Report of an investigation into the causes of malaria in Bombay and the measures necessary for its control
Disease focus: Malaria
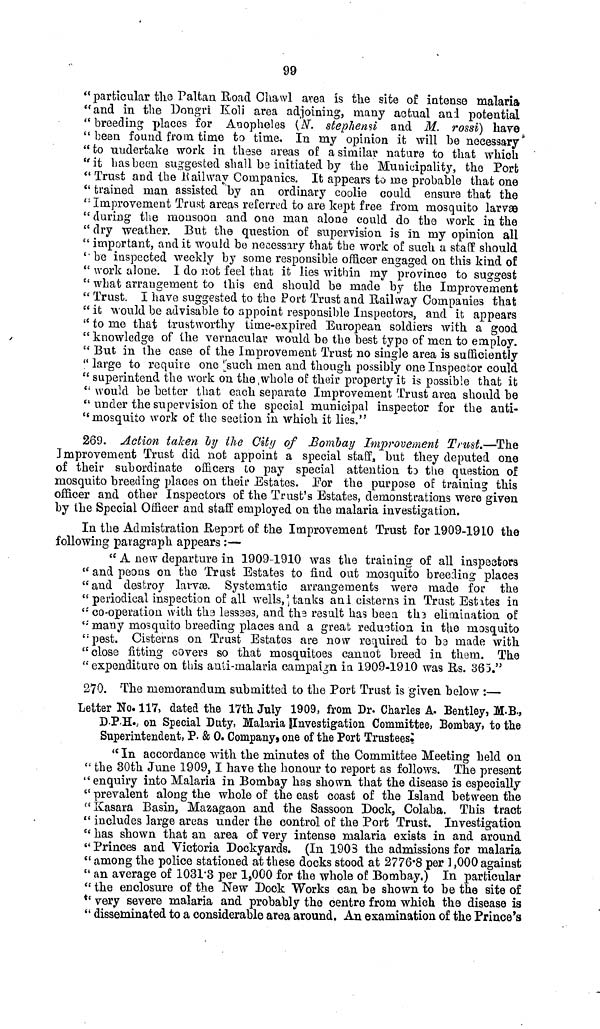
99
" particular the Paltan Road Chawl area is the site of intense malaria
"and in the Dongri Koli area adjoining, many actual and potential
"breeding places for Anopheles (N. stephensi and M. rossi) have
" been found from time to time. In my opinion it will be necessary
" to undertake work in these areas of a similar nature to that which
"it has been suggested shall be initiated by the Municipality, the Port
" Trust and the Railway Companies. It appears to me probable that one
" trained man assisted by an ordinary coolie could ensure that the
" Improvement Trust areas referred to are kept free from mosquito larvae
" during the monsoon and one man alone could do the work in the
" dry weather. But the question of supervision is in my opinion all
" important, and it would be necessary that the work of such a staff should
" be inspected weekly by some responsible officer engaged on this kind of
" work alone. I do not feel that it lies within my province to suggest
" what arrangement to this end should be made by the Improvement
" Trust. I have suggested to the Port Trust and Railway Companies that
" it would be advisable to appoint responsible Inspectors, and it appears
" to me that trustworthy time-expired European soldiers with a good
" knowledge of the vernacular would be the best type of men to employ.
" But in the case of the Improvement Trust no single area is sufficiently
" large to require one such men and though possibly one Inspector could
" superintend the work on the whole of their property it is possible that it
" would be better that each separate Improvement Trust area should be
" under the supervision of the special municipal inspector for the anti-
" mosquito work of the section in which it lies."
269. Action taken by the City of Bombay Improvement Trust.—The
Improvement Trust did not appoint a special staff, but they deputed one
of their subordinate officers to pay special attention to the question of
mosquito breeding places on their Estates. For the purpose of training this
officer and other Inspectors of the Trust's Estates, demonstrations were given
by the Special Officer and staff employed on the malaria investigation.
In the Admistration Report of the Improvement Trust for 1909-1910 the
following paragraph appears :—
" A new departure in 1909-1910 was the training of all inspectors
" and peons on the Trust Estates to find out mosquito breeding place3
"and destroy larvae. Systematic arrangements were made for the
"periodical inspection of all wells,"tanks and cisterns in Trust Estates in
" co-operation with the lessses, and the result has been the elimination of
" many mosquito breeding places and a great reduction in the mosquito
" pest. Cisterns on Trust Estates are now required to be made with
"close fitting covers so that mosquitoes cannot breed in them. The
"expenditure on this anti-malaria campaign in 1909-1910 was Rs. 363."
270. The memorandum submitted to the Port Trust is given below :—
Letter No. 117, dated the 17th July 1909, from Dr. Charles A. Bentley, M.B.,
D.P.H.; on Special Duty, Malaria investigation Committee, Bombay, to the
Superintendent, P. & 0. Company, one of the Port Trustees.
" In accordance with the minutes of the Committee Meeting held on
" the 30th June 1909, I have the honour to report as follows. The present
" enquiry into Malaria in Bombay has shown that the disease is especially
" prevalent along the whole of the east coast of the Island between the
"Kasara Basin, Mazagaon and the Sassoon Dock, Colaba. This tract
" includes large areas under the control of the Port Trust. Investigation
" has shown that an area of very intense malaria exists in and around
" Princes and Victoria Dockyards. (In 1903 the admissions for malaria
" among the police stationed at these docks stood at 2776.8 per 1,000 against
" an average of 1031.3 per 1,000 for the whole of Bombay.) In particular
"the enclosure of the New Dock Works can be shown to be the site of
" very severe malaria and probably the centre from which the disease is
" disseminated to a considerable area around. An examination of the Prince's